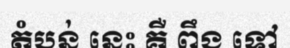
តំបន់ នេះ គឺ ពឹង ទៅ